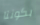
بكوننا